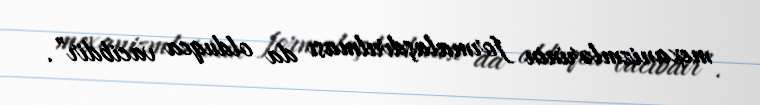
mexanizmlərinin formalaşdırılması da olduqca vacibdir”.